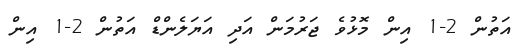
އަތުން 2-1 އިން މޮޅުވެ ޖަރުމަން އަދި އަޔަލެންޑް އަތުން 2-1 އިން